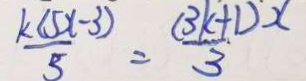
\frac { k ( 5 x - 3 ) } { 5 } = \frac { ( 3 k + 1 ) x } { 3 }